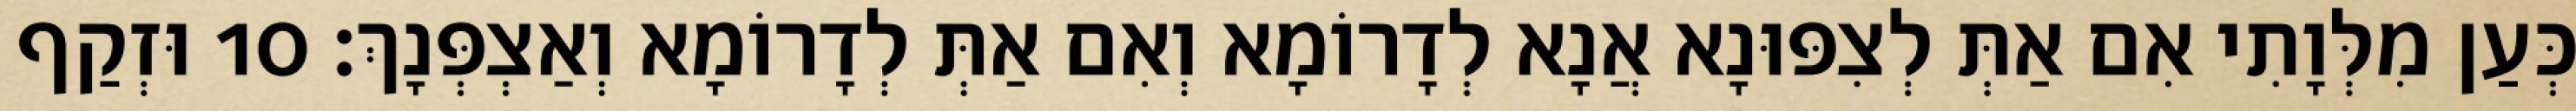
כְּעַן מִלְּוָתִי אִם אַתְּ לְצִפּוּנָא אֲנָא לְדָרוֹמָא וְאִם אַתְּ לְדָרוֹמָא וְאַצְפְּנָךְ׃ 10 וּזְקַף